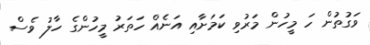
ވަގުތުން ހަ މީހުން މަރުވި ކަމަށާއި އަނެއް ހަތަރު މީހުންގެ ހާލު ވެސް